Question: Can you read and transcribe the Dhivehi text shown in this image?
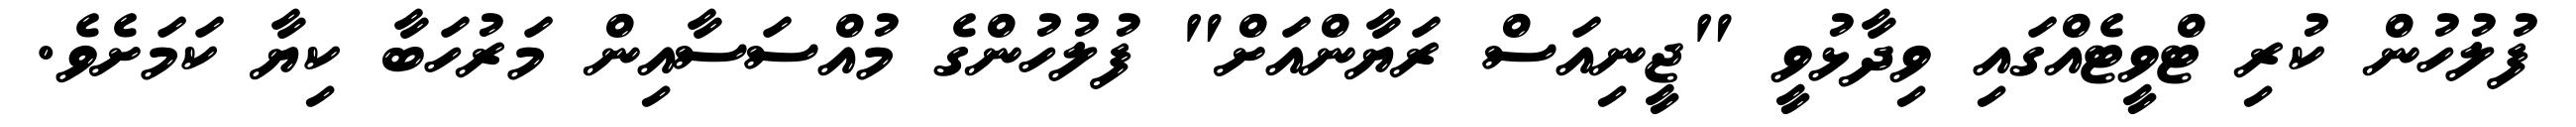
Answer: ފުލުހުން ކުރި ޓްވީޓެއްގައި ވިދާޅުވީ "ޖީނިއަސް ރަޔާންއަށް" ފުލުހުންގެ މުއްސަސާއިން މަރުހަބާ ކިޔާ ކަމަށެވެ.